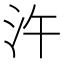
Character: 汻